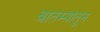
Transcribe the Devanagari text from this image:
बातम्यांतून